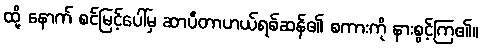
ထို့ နောက် စင်မြင့်ပေါ်မှ ဆာပီတာဟယ်ရစ်ဆန်၏ စကားကို နားစွင့်ကြ၏။